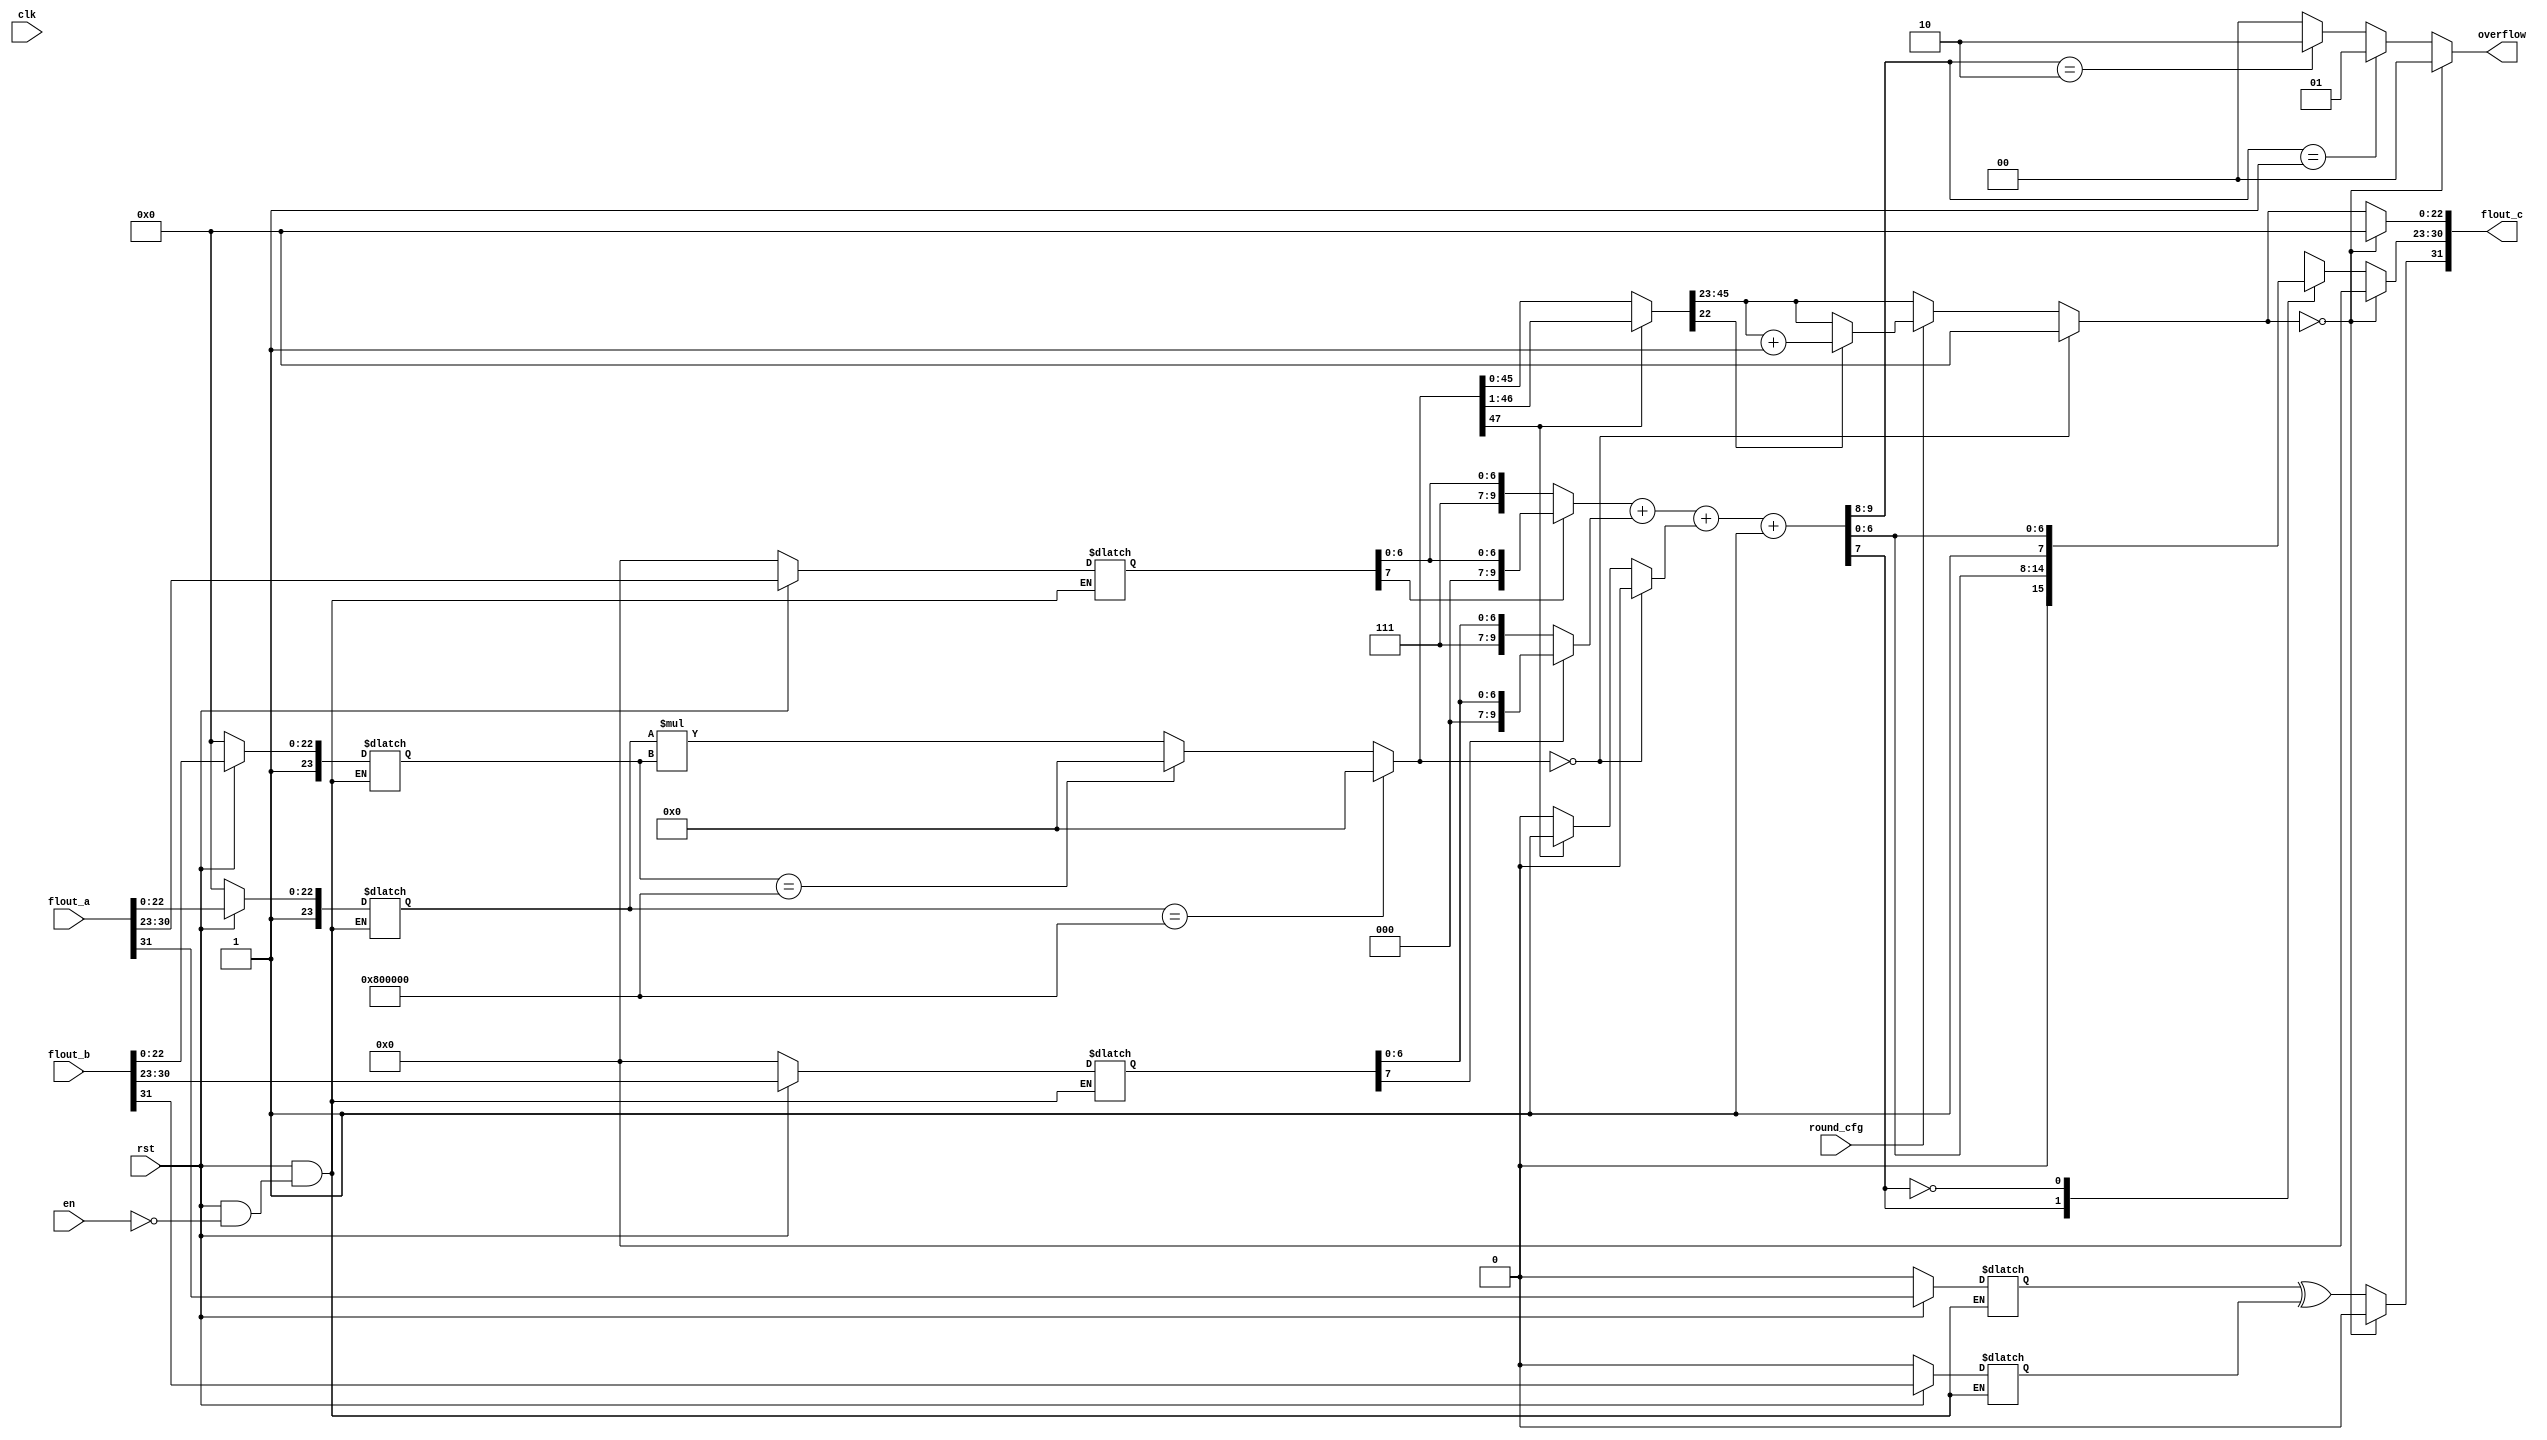
//**
//Create:                  2020.11.19
//Revise:                  2020.11.24
//Fuction:   Two-stage assembly line floating point multiplier with single precision
//              2(IEEE Standard)
//**
module mul(flout_a,flout_b,clk,en,rst,round_cfg,flout_c,overflow); 
 input[31:0] flout_a;           // 
 input[31:0] flout_b;           // 
 input clk;                     // 
 input en;                      // 
 input rst;                     // 
 input round_cfg;               // 0chopping1 
 output[31:0] flout_c;          // 
 output[1:0] overflow;          // 
 reg[31:0] flout_c;
 reg[1:0] overflow;
 reg s1,s2;                     // 
 reg[7:0] exp1,exp2;            // 
 reg[23:0] man1,man2;           // 1
 reg n;                         // 
 reg[9:0] temp1,temp2,temp3;    // 
 reg[47:0] mul_out_p;           // 

 //-------s''e''m------------//
 //
 reg       one_s_out;
 reg[9:0]  one_e_out;
 reg[47:0] one_m_out;
 
 //
 reg       one_s_reg; 
 reg[9:0]  one_e_reg; 
 reg[47:0] one_m_reg;
 

 //
 reg[1:0]  two_f_out; //
 reg[7:0]  two_e_out; 
 reg[22:0] two_m_out; 

 //
 reg       two_s_reg;
 reg[1:0]  two_f_reg; //
 reg[7:0]  two_e_reg;
 reg[22:0] two_m_reg;

/*---------------flout_a ,,---------------------*/
always@(*) 
 begin
   if(!rst)
     begin       //
       s1   = 1'b0;
       exp1 = 8'b0000_0000;
       man1 = {1'b1,23'b0};
     end
	 else if(en) 
     begin
       s1   = flout_a[31];
       exp1 = flout_a[30:23];
       man1 = {1'b1,flout_a[22:0]};
	   end
 end
 
/*---------------flout_b ,,---------------------*/
always@(*) 
 begin
   if(!rst)
     begin      //
       s2   = 1'b0;
       exp2 = 8'b0000_0000;
       man2 = {1'b1,23'b0};
     end
   else if(en) 
     begin
       s2   = flout_b[31];
       exp2 = flout_b[30:23];
       man2 = {1'b1,flout_b[22:0]};
     end
end

/*-----------------------------------------------------*/
//
always@(*)  one_s_out = s1^s2;  //

//
always@(*) 
 begin
  if(man1 == 24'b10000000000_0000000000000)
	  one_m_out = 48'b0;
	else if(man2 == 24'b10000000000_0000000000000)
	  one_m_out = 48'b0;
	else
	  one_m_out = man1*man2; //48
end

//,,
always@(*) 
//,00,11
 begin
   if(exp1[7] == 1)
     temp1 = {2'b00,1'b0,exp1[6:0]};
   else 
	   temp1 = {2'b11,1'b1,exp1[6:0]};
   if(exp2[7] == 1)
     temp2 = {2'b00,1'b0,exp2[6:0]};
   else
	   temp2 = {2'b11,1'b1,exp2[6:0]}; 
   one_e_out[9:0] = temp1[9:0] + temp2[9:0];        //
end
/*----------------------------------------------------------------*/

//
always@(*)
 begin
   one_s_reg <= one_s_out;
	 one_e_reg <= one_e_out;
	 one_m_reg <= one_m_out;
end

/*-----------------------------------------------------*/
//
always@(*) 
 begin
   if(one_m_reg == 48'b0000000000_0000000000000)
     begin
       two_m_out =  23'b0;
       n  =  1'b0;
     end  // 
	 else
	   begin
		  if(one_m_reg[47] == 1)
		   begin
		     n  = 1'b1;                  //1
			   mul_out_p = one_m_reg >> 1; //
		  end
		  else
		   begin
			  n   = 1'b0;                 //0
			  mul_out_p = one_m_reg;      //
			end
		 if(round_cfg == 1)         //0chopping1 
		   begin
		     if(mul_out_p[22] == 1)
			    two_m_out[22:0] = mul_out_p[45:23]+1'b1;
			   else
			    two_m_out[22:0] = mul_out_p[45:23];
		   end
		  else
		 	 two_m_out[22:0] = mul_out_p[45:23];
    end
   //0110
   temp3 = one_e_reg[9:0] + n + 1'b1;  //,-128IEEE-1271
	 if(temp3[9:8] == 2'b01)  
     two_f_out = 2'b01; //
   else if(temp3[9:8] == 2'b10)  
	  two_f_out = 2'b10; //
   else 
	  two_f_out = 2'b00; //
	 //
   case(temp3[7])  
     1'b1:  two_e_out = {1'b0,temp3[6:0]}; 
     1'b0:  two_e_out = {1'b1,temp3[6:0]}; 
   endcase
end
/*----------------------------------------------------------------*/

//
always@(*) 
 begin
   if(two_m_out == 0) //
	  begin
	     two_s_reg <= 1'b0;
		   two_e_reg <= 8'b0;
		   two_m_reg <= 23'b0;
	     two_f_reg <= 2'b00;
	  end
   else
	  begin
       two_s_reg <= one_s_reg;
       two_f_reg <= two_f_out;
       two_e_reg <= two_e_out;
       two_m_reg <= two_m_out;
	  end
end

//
always@(*) 
 begin
	  flout_c  = {two_s_reg,two_e_reg[7:0],two_m_reg[22:0]};
	  overflow = two_f_reg;
end

endmodule

//**
//Create:                  2020.11.19
//Revise:                  2020.11.24
//Fuction:   Two-stage assembly line floating point multiplier with single precision
//              2(IEEE Standard)
//**
module two_line_float_p_mul(flout_a,flout_b,clk,en,rst,round_cfg,flout_c,overflow); 
 input[31:0] flout_a;           // 
 input[31:0] flout_b;           // 
 input clk;                     // 
 input en;                      // 
 input rst;                     // 
 input round_cfg;               // 0chopping1 
 output[31:0] flout_c;          // 
 output[1:0] overflow;          // 
 reg[31:0] flout_c;
 reg[1:0] overflow;
 reg s1,s2;                     // 
 reg[7:0] exp1,exp2;            // 
 reg[23:0] man1,man2;           // 1
 reg n;                         // 
 reg[9:0] temp1,temp2,temp3;    // 
 reg[47:0] mul_out_p;           // 

 //-------s''e''m------------//
 //
 reg       one_s_out;
 reg[9:0]  one_e_out;
 reg[47:0] one_m_out;
 
 //
 reg       one_s_reg; 
 reg[9:0]  one_e_reg; 
 reg[47:0] one_m_reg;
 

 //
 reg[1:0]  two_f_out; //
 reg[7:0]  two_e_out; 
 reg[22:0] two_m_out; 

 //
 reg       two_s_reg;
 reg[1:0]  two_f_reg; //
 reg[7:0]  two_e_reg;
 reg[22:0] two_m_reg;

/*---------------flout_a ,,---------------------*/
always@(*) 
 begin
   if(!rst)
     begin       //
       s1   = 1'b0;
       exp1 = 8'b0000_0000;
       man1 = {1'b1,23'b0};
     end
	 else if(en) 
     begin
       s1   = flout_a[31];
       exp1 = flout_a[30:23];
       man1 = {1'b1,flout_a[22:0]};
	   end
 end
 
/*---------------flout_b ,,---------------------*/
always@(*) 
 begin
   if(!rst)
     begin      //
       s2   = 1'b0;
       exp2 = 8'b0000_0000;
       man2 = {1'b1,23'b0};
     end
   else if(en) 
     begin
       s2   = flout_b[31];
       exp2 = flout_b[30:23];
       man2 = {1'b1,flout_b[22:0]};
     end
end

/*-----------------------------------------------------*/
//
always@(*)  one_s_out = s1^s2;  //

//
always@(*) 
 begin
  if(man1 == 24'b10000000000_0000000000000)
	  one_m_out = 48'b0;
	else if(man2 == 24'b10000000000_0000000000000)
	  one_m_out = 48'b0;
	else
	  one_m_out = man1*man2; //48
end

//,,
always@(*) 
//,00,11
 begin
   if(exp1[7] == 1)
     temp1 = {2'b00,1'b0,exp1[6:0]};
   else 
	   temp1 = {2'b11,1'b1,exp1[6:0]};
   if(exp2[7] == 1)
     temp2 = {2'b00,1'b0,exp2[6:0]};
   else
	   temp2 = {2'b11,1'b1,exp2[6:0]}; 
   one_e_out[9:0] = temp1[9:0] + temp2[9:0];        //
end
/*----------------------------------------------------------------*/

//
always@(posedge clk)
 begin
   one_s_reg <= one_s_out;
	 one_e_reg <= one_e_out;
	 one_m_reg <= one_m_out;
end

/*-----------------------------------------------------*/
//
always@(*) 
 begin
   if(one_m_reg == 48'b0000000000_0000000000000)
     begin
       two_m_out =  23'b0;
       n  =  1'b0;
     end  // 
	 else
	   begin
		  if(one_m_reg[47] == 1)
		   begin
		     n  = 1'b1;                  //1
			   mul_out_p = one_m_reg >> 1; //
		  end
		  else
		   begin
			  n   = 1'b0;                 //0
			  mul_out_p = one_m_reg;      //
			end
		 if(round_cfg == 1)         //0chopping1 
		   begin
		     if(mul_out_p[22] == 1)
			    two_m_out[22:0] = mul_out_p[45:23]+1'b1;
			   else
			    two_m_out[22:0] = mul_out_p[45:23];
		   end
		  else
		 	 two_m_out[22:0] = mul_out_p[45:23];
    end
   //0110
   temp3 = one_e_reg[9:0] + n + 1'b1;  //,-128IEEE-1271
	 if(temp3[9:8] == 2'b01)  
     two_f_out = 2'b01; //
   else if(temp3[9:8] == 2'b10)  
	  two_f_out = 2'b10; //
   else 
	  two_f_out = 2'b00; //
	 //
   case(temp3[7])  
     1'b1:  two_e_out = {1'b0,temp3[6:0]}; 
     1'b0:  two_e_out = {1'b1,temp3[6:0]}; 
   endcase
end
/*----------------------------------------------------------------*/

//
always@(posedge clk) 
 begin
   if(two_m_out == 0) //
	  begin
	     two_s_reg <= 1'b0;
		   two_e_reg <= 8'b0;
		   two_m_reg <= 23'b0;
	     two_f_reg <= 2'b00;
	  end
   else
	  begin
       two_s_reg <= one_s_reg;
       two_f_reg <= two_f_out;
       two_e_reg <= two_e_out;
       two_m_reg <= two_m_out;
	  end
end

//
always@(*) 
 begin
	  flout_c  = {two_s_reg,two_e_reg[7:0],two_m_reg[22:0]};
	  overflow = two_f_reg;
end

endmodule